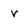
Character: r